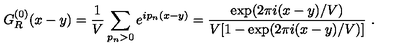
G _ { R } ^ { ( 0 ) } ( x - y ) = \frac 1 V \sum _ { p _ { n } > 0 } e ^ { i p _ { n } ( x - y ) } = \frac { \exp ( 2 \pi i ( x - y ) / V ) } { V [ 1 - \exp ( 2 \pi i ( x - y ) / V ) ] } \ .